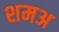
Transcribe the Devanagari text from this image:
शमअ